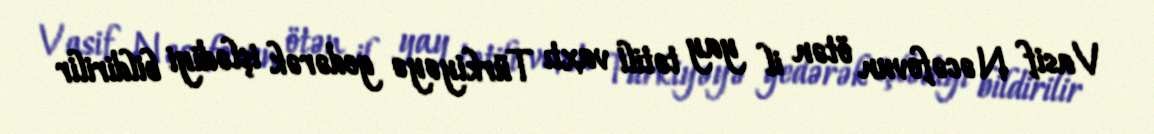
Vasif Nəcəfovun ötən il yay tətili vaxtı Türkiyəyə gedərək işlədiyi bildirilir